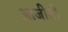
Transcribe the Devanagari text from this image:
आजीवो